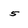
Character: 5